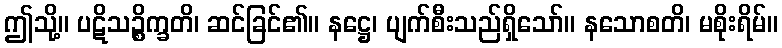
ဤသို့။ ပဋိသဉ္စိက္ခတိ၊ ဆင်ခြင်၏။ နဋ္ဌေ၊ ပျက်စီးသည်ရှိသော်။ နသောစတိ၊ မစိုးရိမ်။